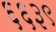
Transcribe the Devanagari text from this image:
६६३९